65_HS1-834228961_62-HQ-83894_Section_10
Agency: FBI
Page 130
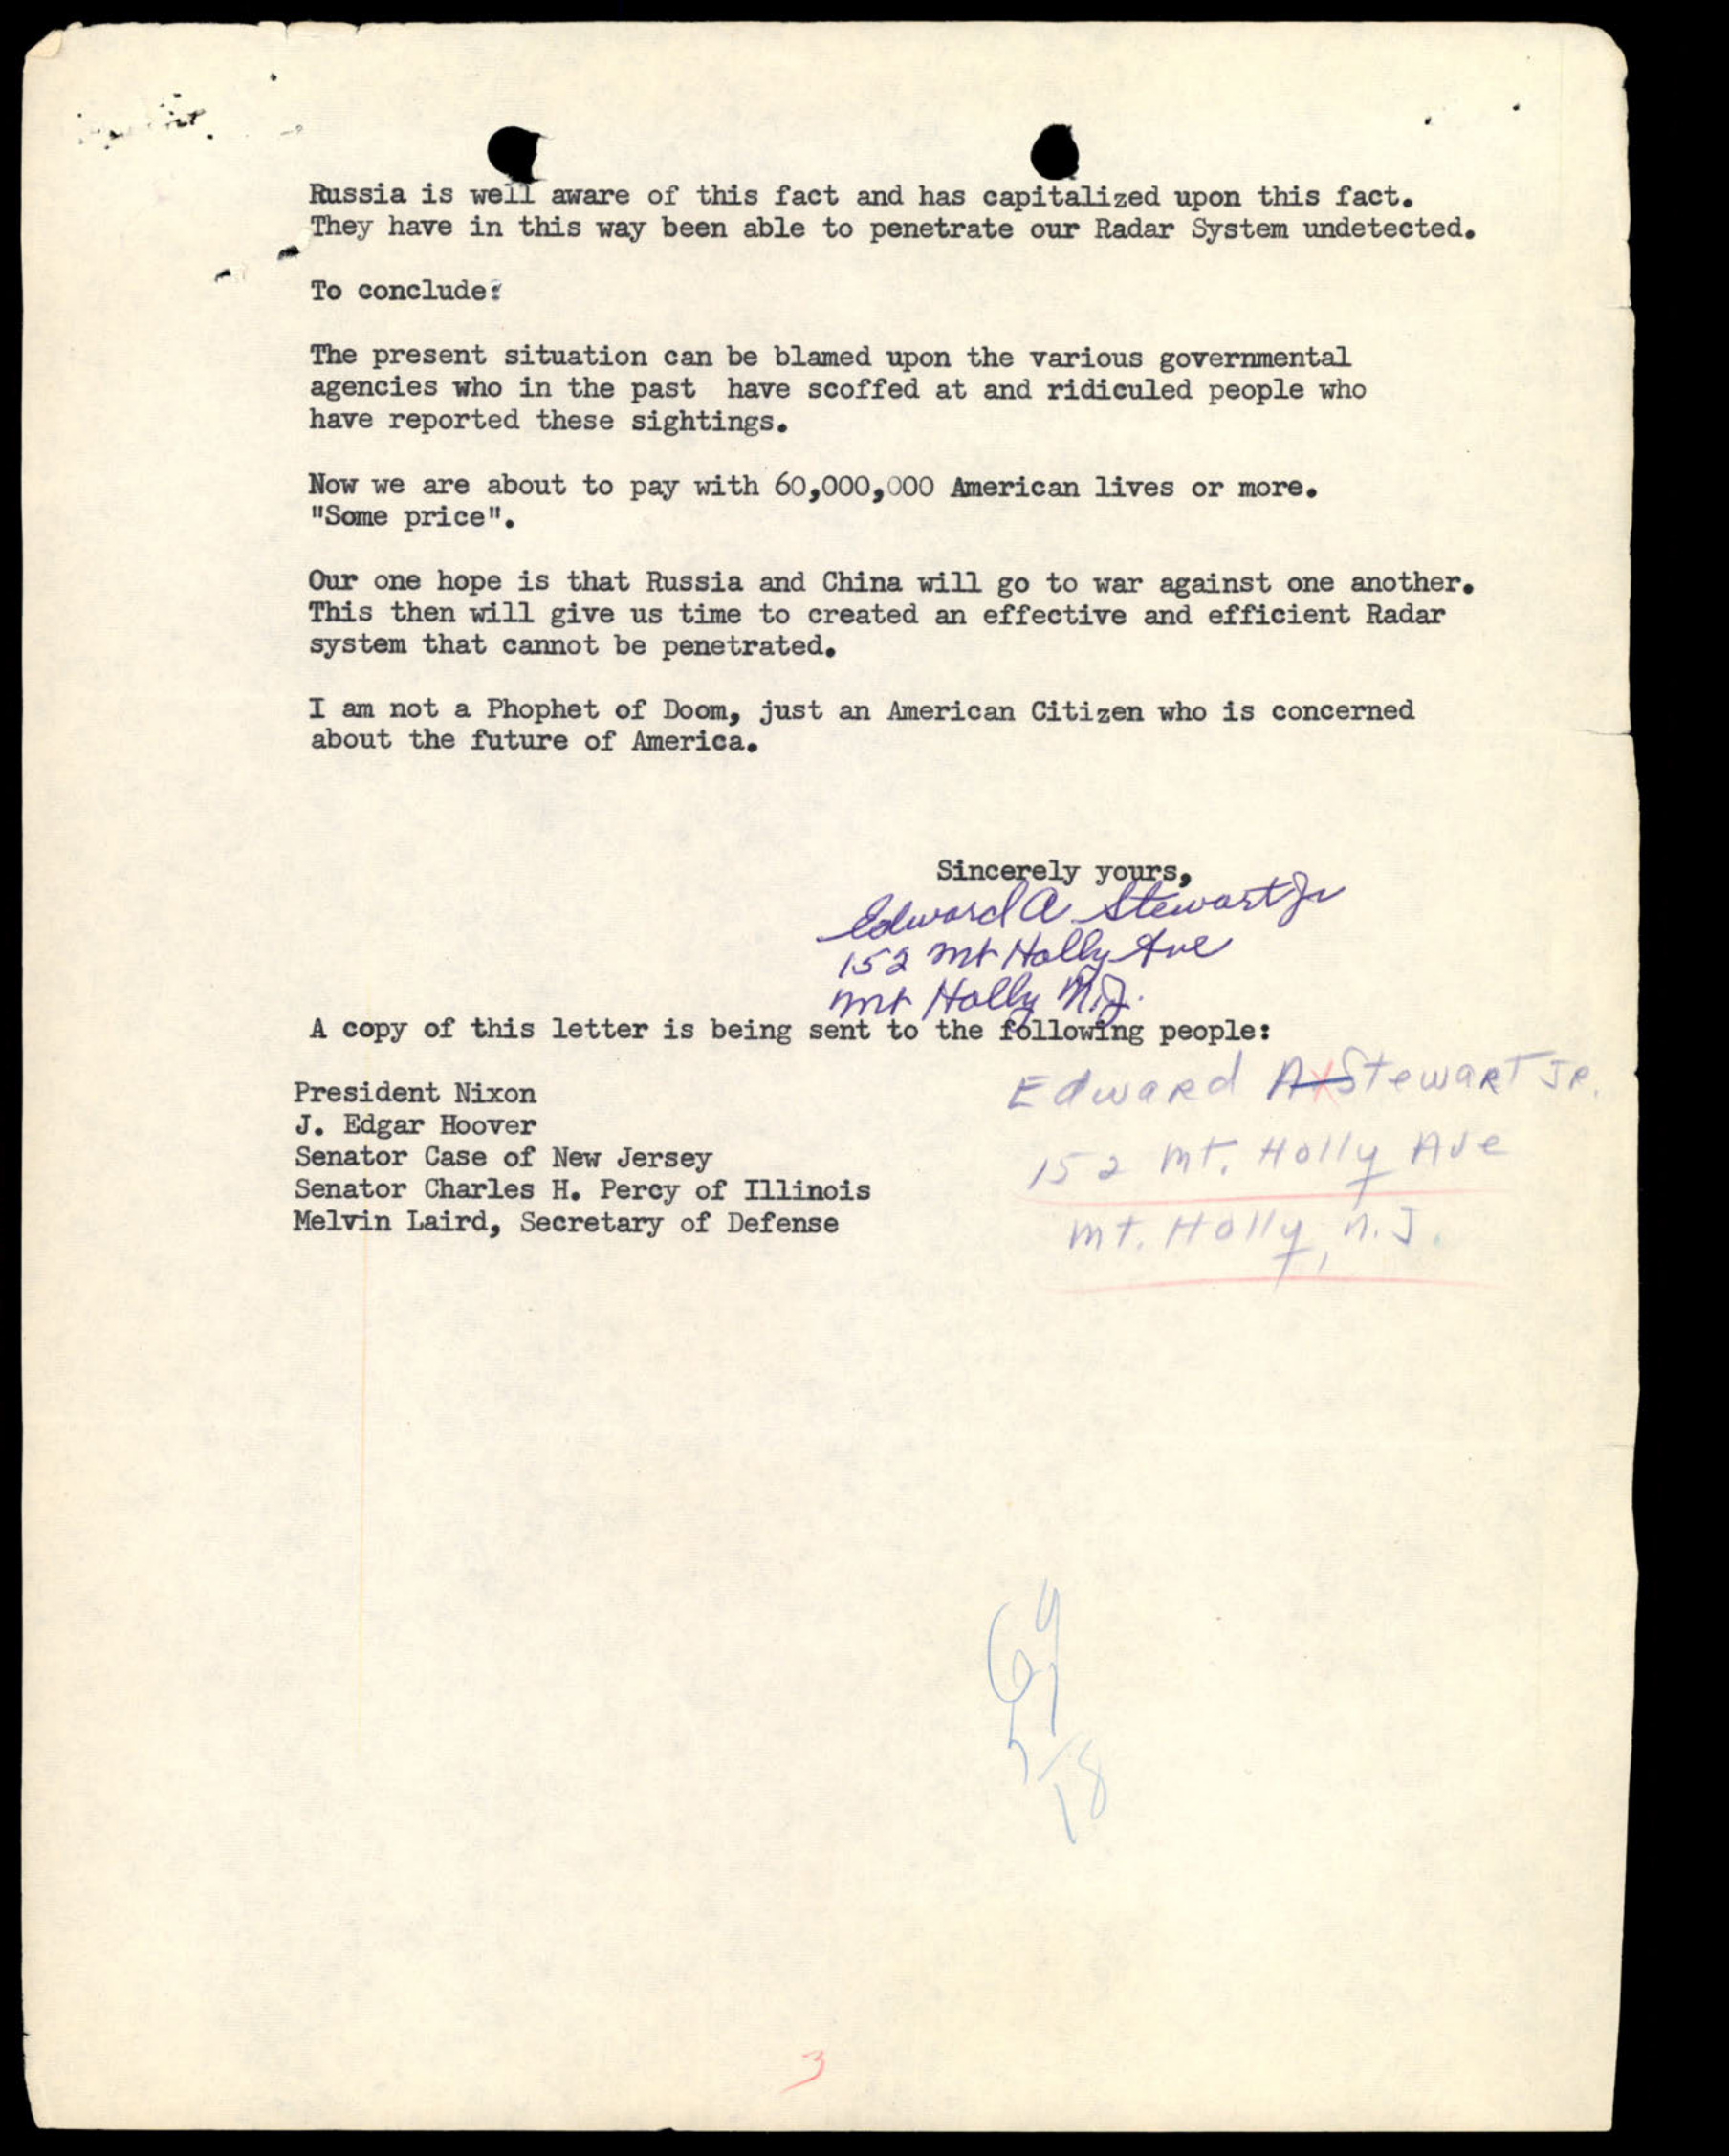